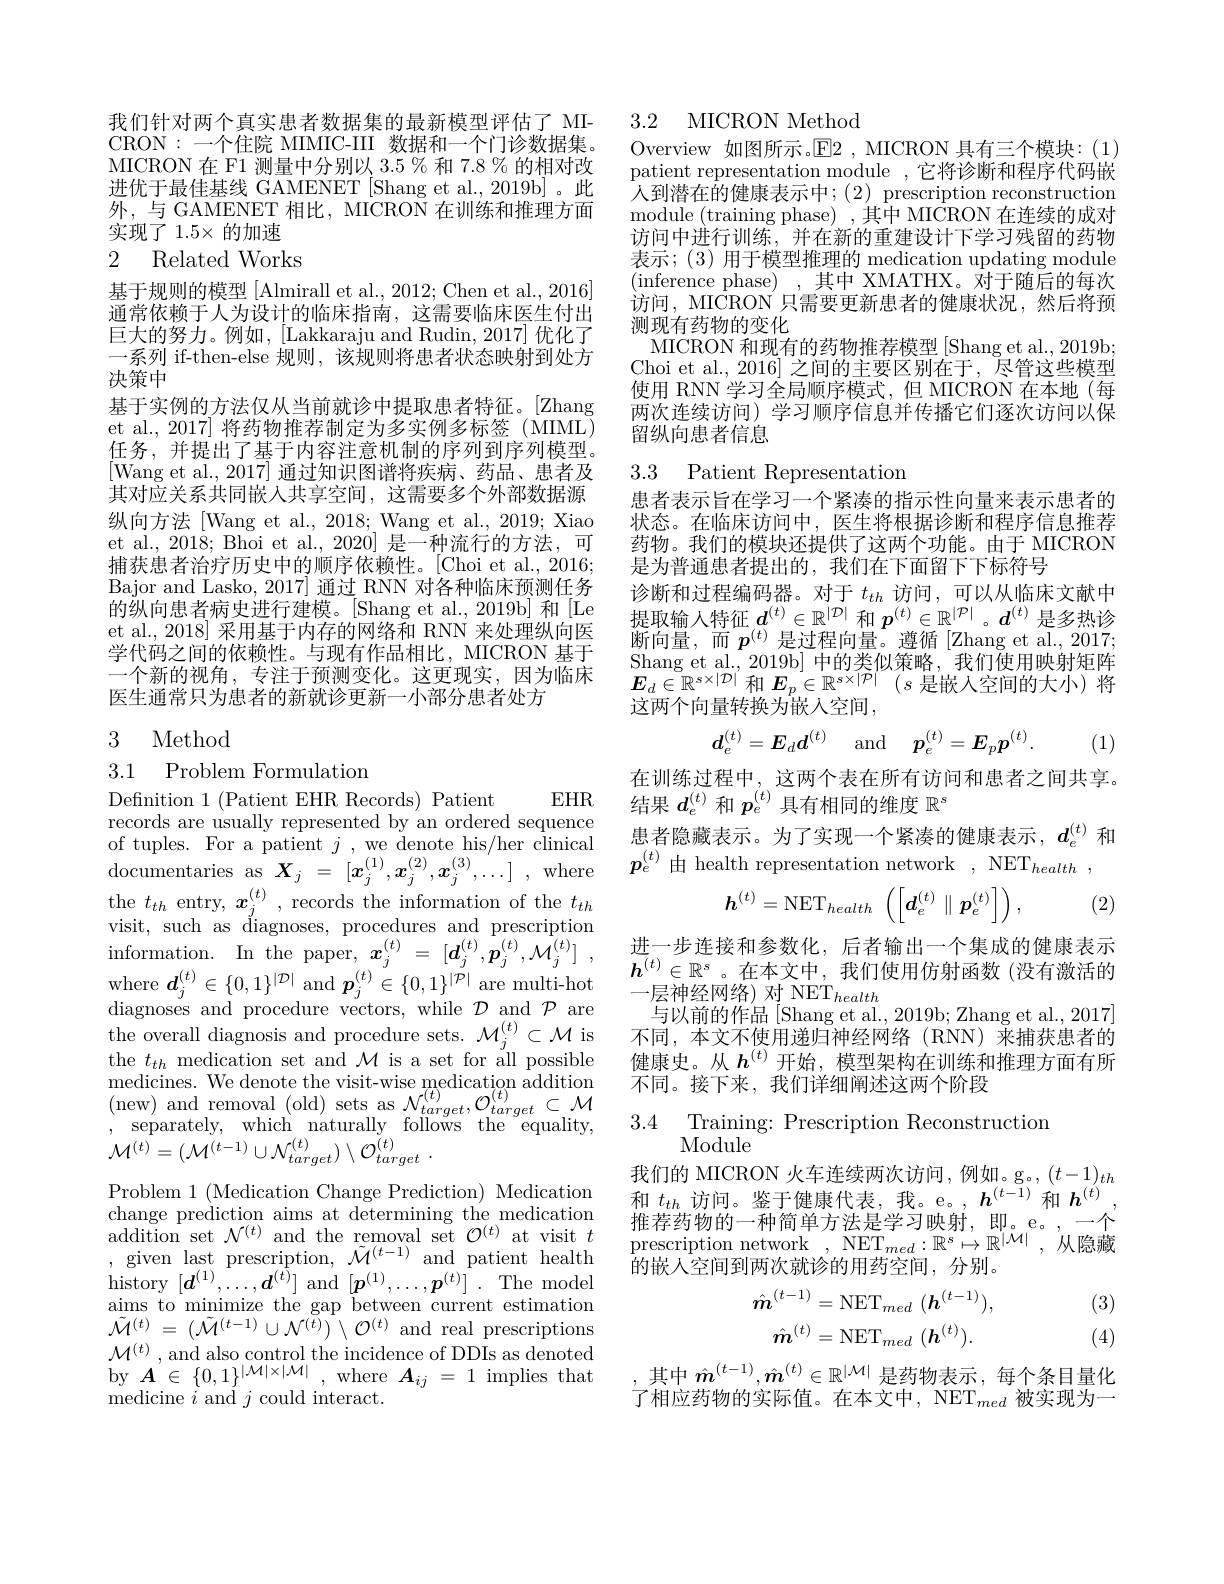
我们针对两个真实患者数据集的最新模型评估了 MICRON:一个住院 MIMIC-III 数据和一个门诊数据集。MICRON 在 F1 测量中分别以 3.5 % 和 7.8 % 的相对改进优于最佳基线 GAMENET [Shang et al., 2019b] 。此外，与 GAMENET 相比，MICRON 在训练和推理方面实现了 1.5× 的加速
2 Related Works

基于规则的模型 [Almirall et al., 2012; Chen et al., 2016] 通常依赖于人为设计的临床指南，这需要临床医生付出巨大的努力。例如，[Lakkaraju and Rudin, 2017] 优化了一系列 if-then-else 规则，该规则将患者状态映射到处方决策中
基于实例的方法仅从当前就诊中提取患者特征。[Zhang] et al., 2017] 将药物推荐制定为多实例多标签 (MIML) 任务，并提出了基于内容注意机制的序列到序列模型。[Wang et al.,2017] 通过知识图谱将疾病、药品、患者及其对应关系共同嵌入共享空间，这需要多个外部数据源纵向方法 [Wang et al., 2018; Wang et al., 2019; Xiao et al., 2018; Bhoi et al., 2020] 是一种流行的方法，可捕获患者治疗历史中的顺序依赖性。[Choi et al., 2016; Bajor and Lasko, 2017] 通过 RNN 对各种临床预测任务的纵向患者病史进行建模。[Shang et al.,2019b] 和[Le et al., 2018] 采用基于内存的网络和 RNN 来处理纵向医学代码之间的依赖性。与现有作品相比，MICRON 基于一个新的视角，专注于预测变化。这更现实，因为临床医生通常只为患者的新就诊更新一小部分患者处方

3 Method

## 3.1 Problem Formulation

$EHR$

Defnition 1 (Patient EHR Records) Patient
records are usually represented by an ordered sequence visit, such as diagnoses, procedures and prescription $\begin{array}{ccc}{\mathrm{information.}}&{\mathrm{In~the~paper,~}\boldsymbol{x}_{j}^{(t)}}&{=}&{[\boldsymbol{d}_{j}^{(t)},\dot{\boldsymbol{p}}_{j}^{(t)},\dot{\mathcal{M}}_{j}^{(t)}]}\end{array}$, $\begin{array}{l}{\mathrm{where~}\boldsymbol{d}_{j}^{(t)}\in\{0,1\}^{|\mathcal{D}|}\mathrm{~and~}\boldsymbol{p}_{j}^{(t)}\in\{0,1\}^{|\mathcal{P}|}\mathrm{~are~multi-hot}}\\{\mathrm{diagnoses~and~procedure~vectors,~while~}\mathcal{D}\mathrm{~and~}\mathcal{P}\mathrm{~are}}\end{array}$ $\begin{array}{l}{\mathrm{the~overall~diagnosis~and~procedure~sets.~}\mathcal{M}_{j}^{(t)}\subset\mathcal{M}\mathrm{~is}}\\{\mathrm{the~}t_{th~medication~set~and~}\mathcal{M}\mathrm{~is~a~set~for~all~possible}}\end{array}$ $\begin{array}{l}\mathrm{medicines.~We~denote~the~visit-wise~medication~addition}\\\mathrm{(new)~and~removal~(old)~sets~as~}\mathcal{N}_{target}^{(t)},\mathcal{O}_{target}^{(t)}\subset\mathcal{M}\\\mathrm{,~separately,~which~naturally~follows~the~equality,}\end{array}$ $\mathcal{M} ^{( t) }= ( \mathcal{M} ^{( t- 1) }\cup \mathcal{N} _{target}^{( t) }) \setminus \mathcal{O} _{target}^{( t) }$ .

change prediction aims at determining the medication history $[\boldsymbol{d}^{(1)},\ldots,\boldsymbol{d}^{(t)}]$ and $[\boldsymbol{p}^{(1)},\ldots,\boldsymbol{p}^{(t)}]$ .The model aims to minimize the gap between current estimation $\tilde{\mathcal{M} } ^{( t) }$ = $( \tilde{\mathcal{M} } ^{( t- 1) }\cup \mathcal{N} ^{( t) }) \setminus \mathcal{O} ^{( t) }$ and real prescriptions $\mathcal{M}^{(t)}$,and also control the incidence of DDIs as denoted by $\boldsymbol{A}^{\prime}\in{\{0,1\}}^{|\mathcal{M}|\times|\mathcal{M}|}$,where $\boldsymbol{A}_ij=1$ implies that medicine $i$ and $j$ could interact.

### 3.2 MICRON Method

Overview 如图所示。$\operatorname{E}$2,MICRON 具有三个模块：(1) patient representation module ,它将诊断和程序代码嵌$\bar{\text{人到潜在的健康表示中；(2) prescription reconstruction}}$ module (training phase) ,其中 MICRON 在连续的成对访问中进行训练，并在新的重建设计下学习残留的药物表示；(3)用于模型推理的 medication updating module (inference phase),其中 XMATHX。对于随后的每次访问，MICRON 只需要更新患者的健康状况，然后将预测现有药物的变化
MICRON 和现有的药物推荐模型 [Shang et al., 2019b; Choi et al.,2016] 之间的主要区别在于，尽管这些模型使用 RNN 学习全局顺序模式，但 MICRON 在本地 (每两次连续访问)学习顺序信息并传播它们逐次访问以保留纵向患者信息

3.3 Patient Representation

患者表示旨在学习一个紧凑的指示性向量来表示患者的状态。在临床访问中，医生将根据诊断和程序信息推荐药物。我们的模块还提供了这两个功能。由于 MICRON 是为普通患者提出的，我们在下面留下下标符号
诊断和过程编码器。对于$t_{th}$访问，可以从临床文献中提取输入特征$d^{(t)}\in\mathbb{R}^{|\mathcal{D}|}$和$p^{(t)}\in\mathbb{R}^{|\mathcal{P}|}$。$d^{(t)}$是多热诊断向量，而$p^{(t)}$是过程向量。遵循[Zhang et al., 2017; Shang et al., 2019b] 中的类似策略，我们使用映射矩阵$\boldsymbol{E}_d\in\mathbb{R}^{s\times|\mathcal{D}|^{\prime}}$和 $\boldsymbol E_p\in\mathbb{R}^{s\times|\mathcal{P}|}(s$ 是嵌入空间的大小)将这两个向量转换为嵌人空间，
$$\boldsymbol{d}_e^{(t)}=\boldsymbol{E}_d\boldsymbol{d}^{(t)}\quad\mathrm{and}\quad\boldsymbol{p}_e^{(t)}=\boldsymbol{E}_p\boldsymbol{p}^{(t)}.$$
(1)

在训练过程中，这两个表在所有访问和患者之间共享。
结果$d_e^{(t)}$和$p_e^{(t)}$具有相同的维度$\mathbb{R}^s$
患者隐藏表示。为了实现一个紧凑的健康表示，$d_e^{(t)}$和

(2)
$$\boldsymbol{h}^{(t)}=\mathrm{NET}_{health}\:\left(\left[\boldsymbol{d}_{e}^{(t)}\parallel\boldsymbol{p}_{e}^{(t)}\right]\right),$$
进一步连接和参数化，后者输出一个集成的健康表示$h^{(t)}\in\mathbb{R}^s$。在本文中，我们使用仿射函数(没有激活的$-\bar{\text{层神经网络)对 NET}}_{health}$
与以前的作品[Shang et al., 2019b; Zhang et al., 2017] 不同，本文不使用递归神经网络(RNN)来捕获患者的健康史。从$h^{(t)}$开始，模型架构在训练和推理方面有所不同。接下来，我们详细阐述这两个阶段

3.4 Training: Prescription Reconstruction
Module

Problem 1 (Medication Change Prediction) Medication 和$t_{th}$访问。鉴于健康代表，我。e。,$h^{(t-1)}$和$h^{(t)}$,
推荐药物的一种简单方法是学习映射，即。e。,一个
$\begin{array}{lll}\text{addition set }\mathcal{N}^{(t)}\text{ and the removal set }\mathcal{O}^{(t)}\text{ at visit }t&\text{prescription network,NET}_{med}:\mathbb{R}^{s}\mapsto\mathbb{R}^{[\mathcal{M}]},\text{ 从隐藏}\\:\text{ given last prescription, }\tilde{\mathcal{M}}^{(t-1)}\text{ and patient health}&\text{prescription network, NET}_{med}:\mathbb{R}^{s}\mapsto\mathbb{R}\end{array}$
的嵌人空间到两次就诊的用药空间，分别。
$$\hat{\boldsymbol{m}}^{(t-1)}=\mathrm{NET}_{med}\:(\boldsymbol{h}^{(t-1)}),\\\hat{\boldsymbol{m}}^{(t)}=\mathrm{NET}_{med}\:(\boldsymbol{h}^{(t)}).$$
(3) (4)

,其中$\hat{m}^{(t-1)},\hat{m}^{(t)}\in\mathbb{R}^{|\mathcal{M}|}$是药物表示，每个条目量化了相应药物的实际值。在本文中，NET$_med$被实现为一